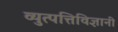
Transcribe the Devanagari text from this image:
व्युत्पत्तिविज्ञानी